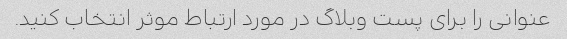
عنوانی را برای پست وبلاگ در مورد ارتباط موثر انتخاب کنید.